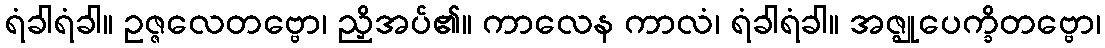
ရံခါရံခါ။ ဥဇ္ဇလေတဗ္ဗော၊ ညှိအပ်၏။ ကာလေန ကာလံ၊ ရံခါရံခါ။ အဇ္ဈုပေက္ခိတဗ္ဗော၊